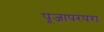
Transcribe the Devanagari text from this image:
पूजापरंपरा